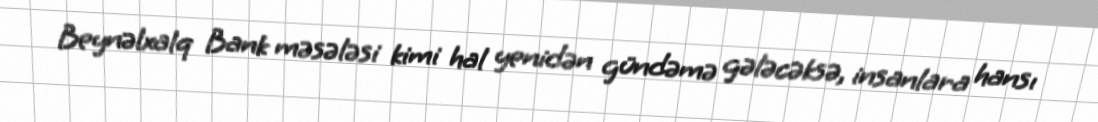
Beynəlxalq Bank məsələsi kimi hal yenidən gündəmə gələcəksə, insanlara hansı